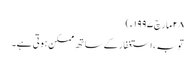
٢٨ مارچ ١٩٩٧ء)
توبہ ، استغفار کے ساتھ ممکن ہوتی ہے۔